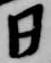
日